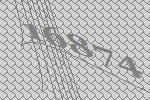
16874